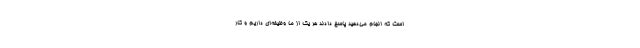
است که انجام می‌دهید پاسخ دادند هر یک از ما وظیفه‌ای داریم و کار